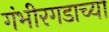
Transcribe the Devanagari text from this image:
गंभीरगडाच्या